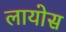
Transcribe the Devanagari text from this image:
लायोस